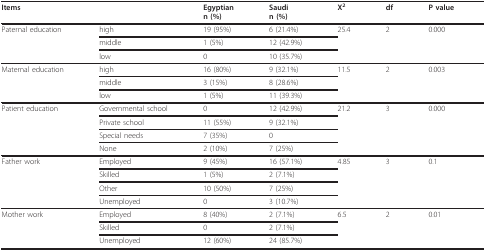
<table><thead><tr><td colspan="2"><b>Items</b></td><td><b>Egyptiann (%)</b></td><td><b>Saudin (%)</b></td><td><b>X<sup>2</sup></b></td><td><b>df</b></td><td><b>P value</b></td></tr></thead><tbody><tr><td>Paternal education</td><td>high</td><td>19 (95%)</td><td>6 (21.4%)</td><td>25.4</td><td>2</td><td>0.000</td></tr><tr><td></td><td>middle</td><td>1 (5%)</td><td>12 (42.9%)</td><td></td><td></td><td></td></tr><tr><td></td><td>low</td><td>0</td><td>10 (35.7%)</td><td></td><td></td><td></td></tr><tr><td>Maternal education</td><td>high</td><td>16 (80%)</td><td>9 (32.1%)</td><td>11.5</td><td>2</td><td>0.003</td></tr><tr><td></td><td>middle</td><td>3 (15%)</td><td>8 (28.6%)</td><td></td><td></td><td></td></tr><tr><td></td><td>low</td><td>1 (5%)</td><td>11 (39.3%)</td><td></td><td></td><td></td></tr><tr><td>Patient education</td><td>Governmental school</td><td>0</td><td>12 (42.9%)</td><td>21.2</td><td>3</td><td>0.000</td></tr><tr><td></td><td>Private school</td><td>11 (55%)</td><td>9 (32.1%)</td><td></td><td></td><td></td></tr><tr><td></td><td>Special needs</td><td>7 (35%)</td><td>0</td><td></td><td></td><td></td></tr><tr><td></td><td>None</td><td>2 (10%)</td><td>7 (25%)</td><td></td><td></td><td></td></tr><tr><td>Father work</td><td>Employed</td><td>9 (45%)</td><td>16 (57.1%)</td><td>4.85</td><td>3</td><td>0.1</td></tr><tr><td></td><td>Skilled</td><td>1 (5%)</td><td>2 (7.1%)</td><td></td><td></td><td></td></tr><tr><td></td><td>Other</td><td>10 (50%)</td><td>7 (25%)</td><td></td><td></td><td></td></tr><tr><td></td><td>Unemployed</td><td>0</td><td>3 (10.7%)</td><td></td><td></td><td></td></tr><tr><td>Mother work</td><td>Employed</td><td>8 (40%)</td><td>2 (7.1%)</td><td>6.5</td><td>2</td><td>0.01</td></tr><tr><td></td><td>Skilled</td><td>0</td><td>2 (7.1%)</td><td></td><td></td><td></td></tr><tr><td></td><td>Unemployed</td><td>12 (60%)</td><td>24 (85.7%)</td><td></td><td></td><td></td></tr></tbody></table>